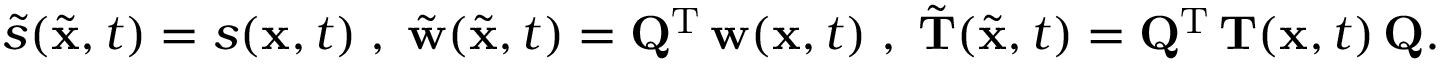
\begin{array} { r } { \tilde { s } ( \tilde { { \mathbf x } } , t ) = s ( { \mathbf x } , t ) \; , \; \tilde { { \mathbf w } } ( \tilde { { \mathbf x } } , t ) = { \mathbf Q } ^ { { \mathrm T } } \, { \mathbf w } ( { \mathbf x } , t ) \; , \; \tilde { { \mathbf T } } ( \tilde { { \mathbf x } } , t ) = { \mathbf Q } ^ { { \mathrm T } } \, { \mathbf T } ( { \mathbf x } , t ) \, { \mathbf Q } . } \end{array}